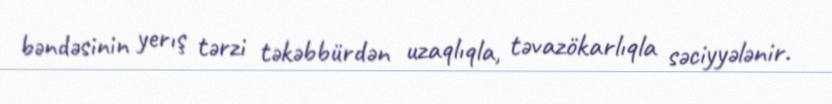
bəndəsinin yerış tərzi təkəbbürdən uzaqlıqla, təvazökarlıqla səciyyələnir.